Vaccination in Burma 1912-1922 - 1912-1922
Year: 1912
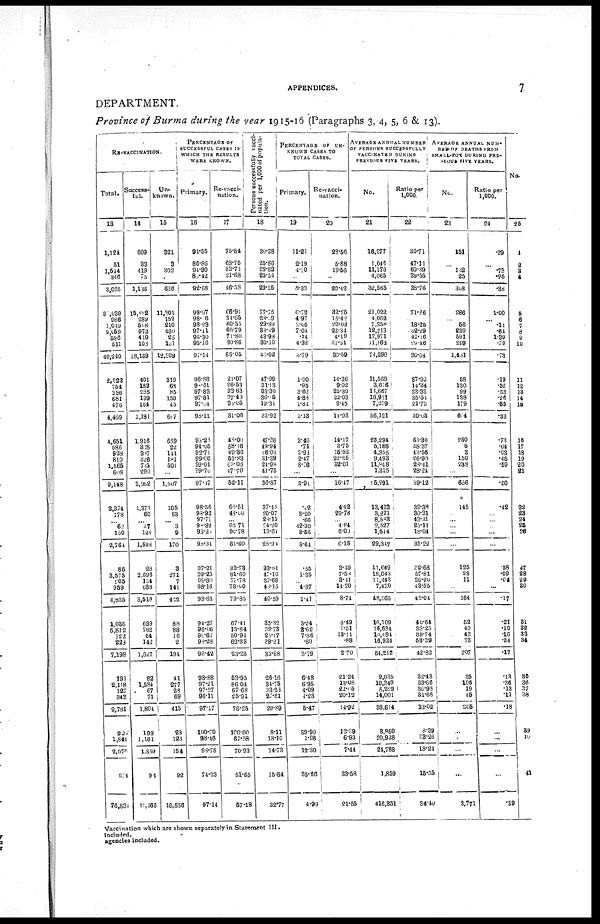
APPENDICES.
7
DEPARTMENT.
Province of Burma during the year 1915-16 (Paragraphs 3, 4, 5, 6 & 13).
RE-VACCINATION.
Total.
13
Success-
ful.
14
Un-
known.
15
PERCENTAGE OF
SUCCESSFUL CASES IN
WHICH THE RESULTS
WERE KNOWN.
Primary.
16
Re-vacci-
nation.
17
Persons successfully vacci-
nated per 1,000 of popula-
tion.
18
PERCENTAGE
of
UN-
KNOWN CASES TO
TOTAL CASES.
Primary.
19
Re-vacci-
nation.
20
AVERAGE ANNUAL NUMBER
OF PERSONS SUCCESSFULLY
VACCINATED DURING
PREVIOUS FIVE YEARS.
No.
21
Ratio per
1,000.
22
AVERAGE ANNUAL NUM-
BER OF DEATHS FROM
SMALL-POX DURING PRE-
VIOUS FIVE YEARS.
No.
23
Ratio per
1,000.
24
No.
25
1,124
51
1,544
346
3,065
30,039
986
1,019
2,059
596
511
40,240
2,222
754
336
681
476
4,469
4,651
686
928
810
1,565
608
9,148
2,374
178
... 62
150
2,761
86
3,575
205
959
4,825
1,036
5,812
122
223
7,198
190
2,118
127
342
2,781
227
1,844
2,070
274
76,834
609
33
419
75
1,136
15,882
289
508
972
410
108
18,169
401
182
235
199
164
1,181
1,916
328
387
326
735
290
3,982
1,373
60
... 37
128
1,598
28
2,696
154
638
3,516
639
792
54
142
1,627
82
1,584
67
71
1,804
198
1,161
1,359
94
31,466
321
3
302
...
626
11,301
152
210
460
25
101
12,309
319
68
85
150
45
607
659
22
144
181
501
...
1,507
105
53
... 3
9
170
3
271
7
141
422
88
88
16
2
194
41
277
28
69
415
28
126
154
92
16,556
94.55
86.86
94.90
80.42
92.68
99.97
98.06
98.23
97.41
96.30
95.16
97.14
98.88
98.61
97.83
97.81
97.04
98.11
98.23
94.05
92.71
99.06
99.01
99.70
97.17
98.56
98.92
97.71
90.32
93.20
98.34
97.21
99.25
99.80
98.16
98.63
94.27
96.06
90.67
98.28
96.42
98.88
97.21
97.27
96.11
97.17
100.00
98.46
98.75
74.23
97.14
75.84
68.75
33.74
21.68
46.58
66.91
34.65
60.55
60.79
71.80
30.86
65.05
21.07
26.53
93.63
37.43
38.05
31.06
48.00
58.16
49.36
51.83
69.08
47.70
52.11
60.51
48.00
... 62.71
90.78
61.60
33.73
81.60
77.78
78.00
79.85
67.41
13.84
50.94
62.83
23.23
53.95
86.04
67.68
25.91
76.25
100.00
67.58
70.93
51.65
57.18
30.38
25.86
29.82
25.54
29.55
77.15
28.09
29.89
33.49
43.98
30.19
40.02
47.99
31.13
33.35
36.05
19.31
33.92
47.36
49.94
46.01
31.39
24.98
41.75
36.87
37.44
20.07
28.15
24.20
13.64
28.94
33.84
47.10
37.68
48.15
40.59
35.32
39.73
25.07
39.21
35.68
26.16
34.75
33.28
27.81
29.89
8.11
18.10
14.73
15.84
32.77
11.21
2.19
4.80
...
8.33
6.72
4.97
3.05
7.04
.14
4.32
3.79
1.90
.95
3.62
4.88
1.81
3.13
3.46
.71
3.91
2.47
8.76
...
3.91
.42
8.20
.66
42.30
8.56
8.64
.55
1.35
... 4.87
1.41
5.24
3.62
7.86
.60
3.79
6.48
6.95
4.09
4.28
5.47
39.90
1.98
12.30
35.66
4.99
28.56
5.88
19.56
...
20.42
32.25
15.42
20.02
22.34
4.19
31.51
30.59
14.36
9.02
25.30
22.03
9.45
11.93
14.17
3.75
15.52
22.35
32.01
...
16.47
4.42
29.78
... 4.84
6.00
6.15
3.49
7.58
3.41
14.70
8.74
8.49
1.51
13.11
.88
2.70
21.24
13.08
22.05
20.12
14.92
12.39
6.83
7.44
33.58
21.55
16,277
1,046
11,176
4,065
32,565
21,022
4,062
7,358
12,713
17,971
11,163
74,290
11,568
3,676
14,667
18,981
7,279
56,121
23,294
5,186
4,855
9,493
11,848
1,315
55,991
13,423
3,271
8,583
2,527
1,544
29,347
11,649
18,043
11,443
7,430
48,565
10,109
16,684
10,494
16,924
54,212
9,035
10,349
5,229
14,001
38,614
3,850
20,938
24,788
1,859
416,351
30.71
47.11
60.39
39.55
38.76
71.86
... 18.25
32.29
41.46
29.46
36.04
37.92
14.34
33.33
35.54
21.73
30.03
63.30
38.37
43.56
26.90
28.41
28.24
39.12
39.38
30.31
43.31
25.11
18.04
35.22
32.68
57.81
36.20
43.55
42.04
40.64
38.25
39.74
53.39
42.82
32.43
33.66
36.98
31.68
33.02
8.39
23.26
18.24
15.55
34.40
151
...
102
25
308
286
...
56
239
591
299
1,481
58
130
99
138
179
604
260
5
3
150
238
...
656
145
... ...
...
...
...
125
28
11
...
164
52
40
42
73
207
35
106
19
46
205
...
...
...
...
3,771
.29
...
.73
.25
.38
1.00
...
.14
.64
1.39
.79
.73
.19
.52
.23
.26
.55
.33
.73
.04
.03
.45
.59
...
.50
.42
...
...
... ...
...
.38
.09
.04
...
.17
.21
.10
.16
.24
.17
.13
.36
.13
.11
.18
...
...
...
...
.39
1
2
3
4
5
6
7
8
9
10
11
12
13
14
15
16
17
18
19
20
21
22
23
24
25
26
27
28
29
30
31
32
33
34
35
36
37
38
39
40
41
Vaccination which are shown separately in Statement III.
Included.
agencies included.